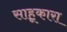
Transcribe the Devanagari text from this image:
साहूकारा